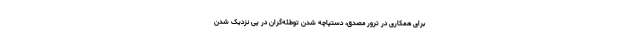
برای همکاری در ترور مصدق، دستپاچه شدنِ توطئه‌گران در پیِ نزدیک شدن